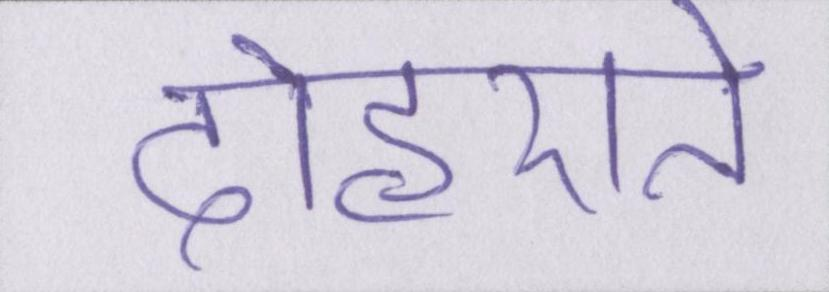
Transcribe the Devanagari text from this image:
दोहराते